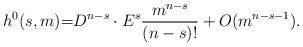
LaTeX: \begin{align*}h^0(s,m) {=} D^{n-s} \cdot E^s \frac{m^{n-s}}{(n-s)!} + O(m^{n-s-1}).\end{align*}